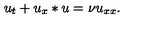
u _ { t } + u _ { x } * u = \nu u _ { x x } .